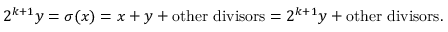
2 ^ { k + 1 } y = \sigma ( x ) = x + y + { \mathrm { o t h e r ~ d i v i s o r s } } = 2 ^ { k + 1 } y + { \mathrm { o t h e r ~ d i v i s o r s } } .